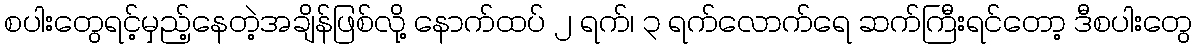
စပါးတွေရင့်မှည့်နေတဲ့အချိန်ဖြစ်လို့ နောက်ထပ် ၂ ရက်၊ ၃ ရက်လောက်ရေ ဆက်ကြီးရင်တော့ ဒီစပါးတွေ